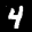
Label: 4